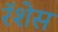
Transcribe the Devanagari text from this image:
रॅशेस